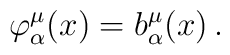
\varphi^{\mu}_{\alpha}(x)=b^{\mu}_{\alpha}(x)\,.